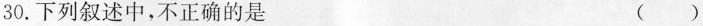
30.下列叙述中，不正确的是 （）